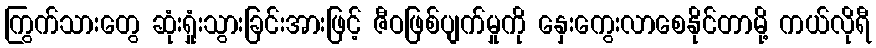
ကြွက်သားတွေ ဆုံးရှုံးသွားခြင်းအားဖြင့် ဇီဝဖြစ်ပျက်မှုကို နှေးကွေးလာစေနိုင်တာမို့ ကယ်လိုရီ